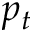
p _ { t }